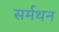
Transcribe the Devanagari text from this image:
सर्मथन